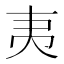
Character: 𭑅